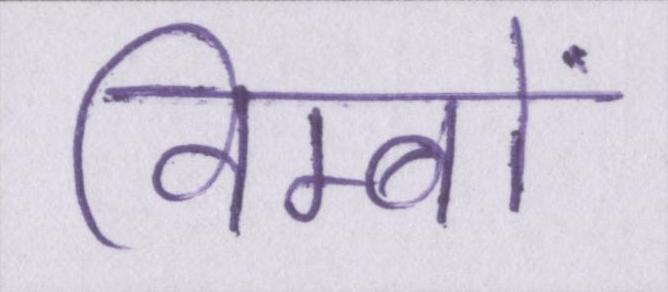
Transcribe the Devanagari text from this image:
विम्बों